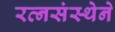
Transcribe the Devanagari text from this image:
रत्नसंस्थेने